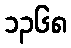
၁၃၆၈